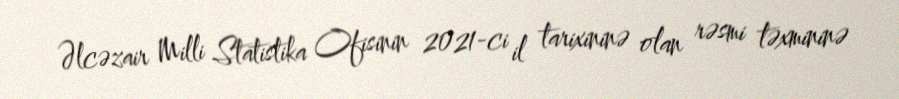
Əlcəzair Milli Statistika Ofisinin 2021-ci il tarixininə olan rəsmi təxmininə